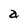
Character: a